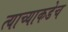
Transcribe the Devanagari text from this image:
त्याच्याकडेच